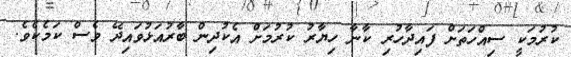
ކުރުމަކީ ސިއްހަތަށް ފައިދާހުރި ކާނާ ހިޔާރު ކުރުމަށް އެކުދިން ބާރުއަޅުވައިދޭ ވެސް ކަމެކެވެ.